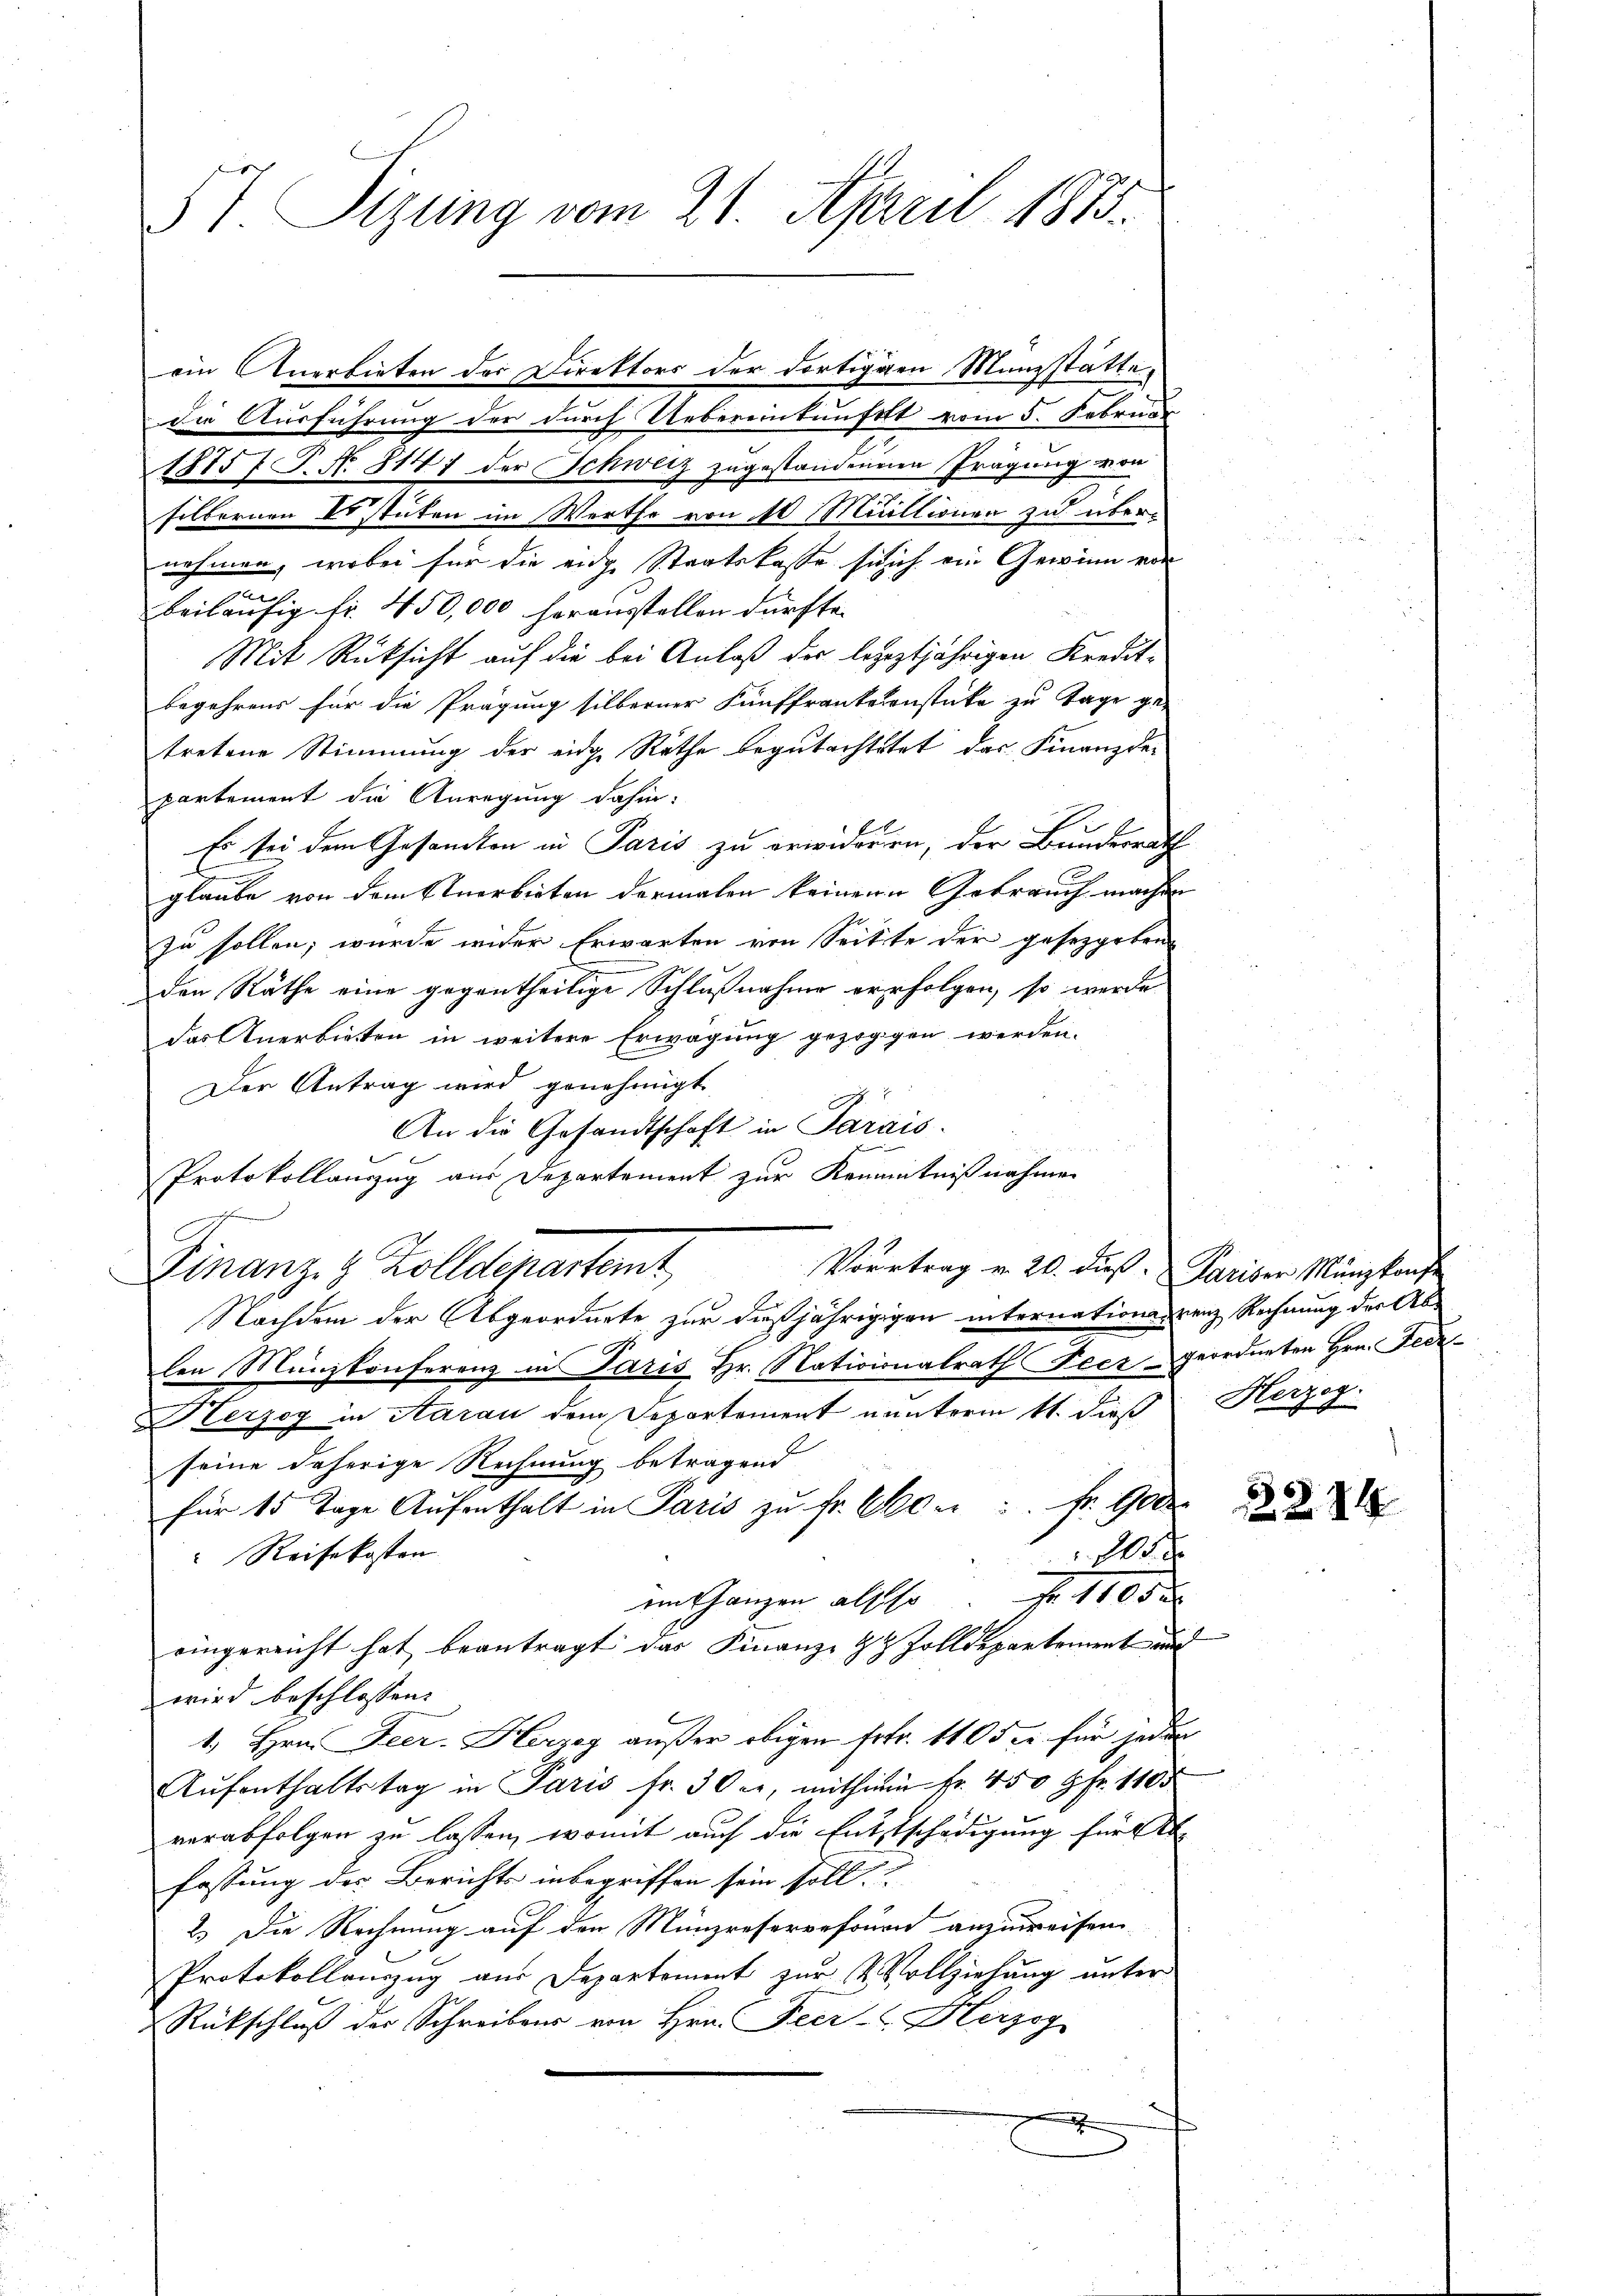
5 t. Sizung vom 21. April 1875.

die Ausführung der durch Uebereinkunft vom 5. Februar
1875 P. Nr. 814) der Schweiz zugestandeneren Prägung von
silbernen Er stuten im Werthe von 10 Millionen zu übernehmen, wobei für die eidge Staatskasse sie ich ein Gewinn von
beiläufig fr. 450,000 herausstellen dürfte. |
Mit Rücksicht auf die bei Anlaß der loszeztjährigen Kreditbegehrens für die Prägung silberner Fünffrankenstüke zu Tage getretene Stimmung der eidg. Räthe begutachtetet, das Finanzdepartement die Anregung dahin:
Es sei dem Gesandten in Paris zu erwideren, der Bundesrath
glaube von dem Anerbieten dermalen keinen Gebrauch machen
zu sollen, wurde wider Erwarten von Seitte der gesetzgeben
den Räthe eine gegentheilige Schlußnahme verfolgen, so werde
das Anerbieten in weitere Erwägung gezoggen werden.
Der Antrag wird genehmigt.
An die Gesandtschaft in Parais.
Protokollanzug aus Departement zur Kenntnißnahmen
Vorertrag v. 20. dieß. Pariser Münzkonfe
Finanz- & Zolldepartamt,
Nachdem der Abgeordnete zur dießjährigigen internationsgrenz Rechnung der Ablen Münzkonferenz in Paris Hr. Natioionalrath Feergeordneten Hrn. Fede
Herzog in Aarau dem Departement nunterm 11. dieß
seine daherige Rechnung betragend
für 15 Tage Aŭfenthalt in Paris zŭ fr. 600 Fr. 900
Reisekosten
20
F 11052
entgangen alle so
eingereicht hat beantragt das Finanze & Zolldepartement und
wird beschlossen:
1., Hrn. Feer. Herzey außer obigen Frtr. 110 5 c. für jeder
Aŭfenthaltstag in Paris fr. 30 er, mithin fr. 450 Fr. 1100
verabfolgen zu lassen, womit auch die Entstschädigung für Ab
fassung des Berichts inbegriffen sein soll.
2.) Die Rechnung auf den Münzreservefourn anzuweisen
Protokollanzug aus Departement zur Vollziehung unter
Rückschluß der Schreibens von Hrn. Feer- Herzog
h

ein Anerbieten der Direktors der dortigen Münzstätte.

Herzog.

3.2. 14